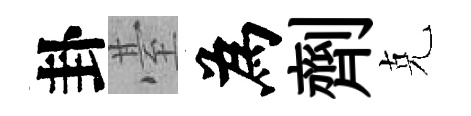
卦䑓為劑克